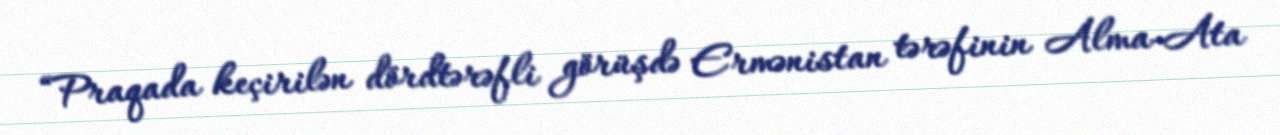
“Praqada keçirilən dördtərəfli görüşdə Ermənistan tərəfinin Alma-Ata